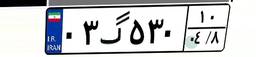
۰۳گ۵۳۰۱۰